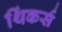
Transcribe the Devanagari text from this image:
थिंकर्स